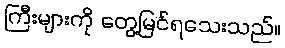
ကြီးများကို တွေ့မြင်ရသေးသည်။